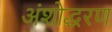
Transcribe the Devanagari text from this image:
अंशोद्धरण